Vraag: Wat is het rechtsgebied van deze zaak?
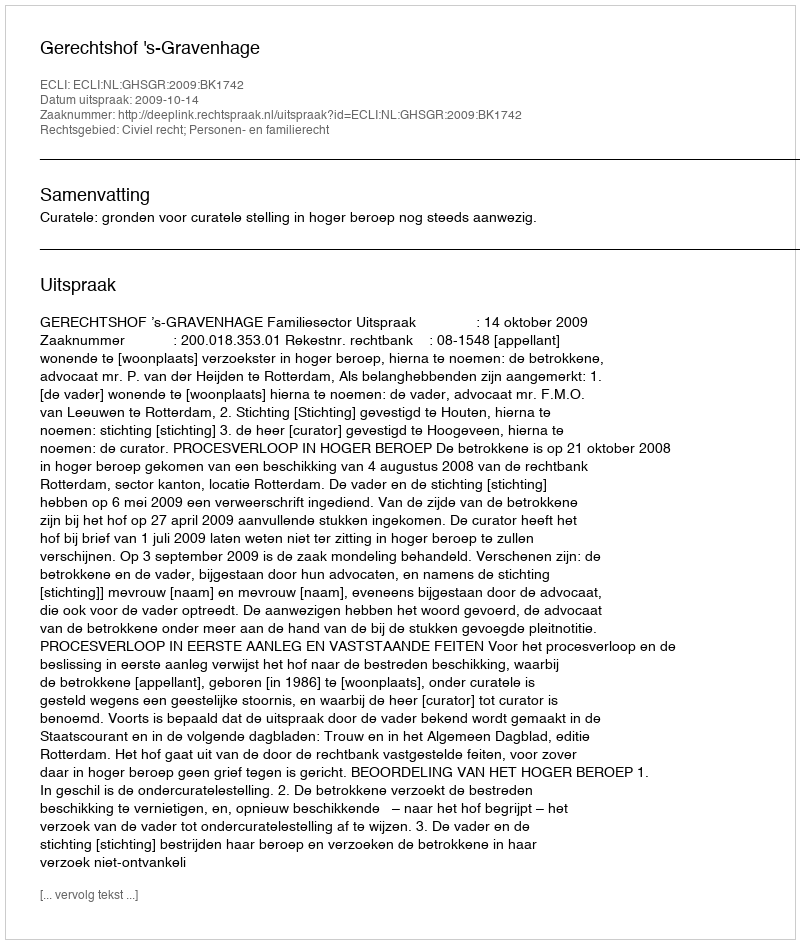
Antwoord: Civiel recht; Personen- en familierecht